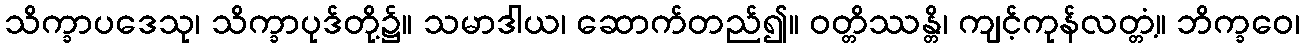
သိက္ခာပဒေသု၊ သိက္ခာပုဒ်တို့၌။ သမာဒါယ၊ ဆောက်တည်၍။ ဝတ္တိဿန္တိ၊ ကျင့်ကုန်လတ္တံ့။ ဘိက္ခဝေ၊